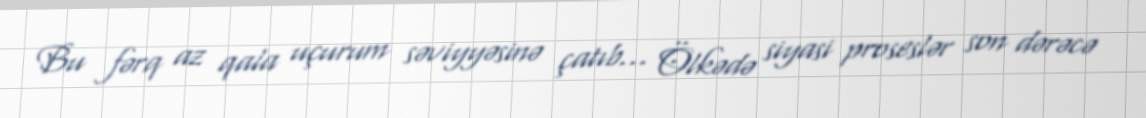
Bu fərq az qala uçurum səviyyəsinə çatıb... Ölkədə siyasi proseslər son dərəcə